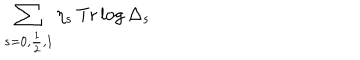
LaTeX: \sum _ { s = 0 , \frac { 1 } { 2 } , 1 } \eta _ { s } \, \mathrm { T r } \log \Delta _ { s }